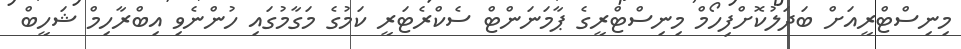
މިނިސްޓްރީއަށް ބަދަލުކޮށްފިހޯމް މިނިސްޓްރީގެ ޕާމަނަންޓް ސެކްރެޓަރީ ކަމުގެ މަގާމުގައި ހުންނެވި އިބްރާހިމް ޝަހީބް